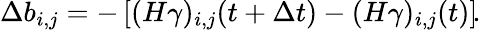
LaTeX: \Delta b_{i,j}=-\left[(H\gamma)_{i,j}(t+\Delta t)-(H\gamma)_{i,j}(t)\right]\! .